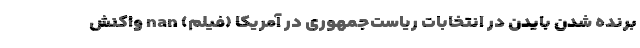
برنده شدن بایدن در انتخابات ریاست‌جمهوری در آمریکا (فیلم) nan واکنش